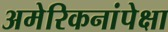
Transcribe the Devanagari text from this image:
अमेरिकनांपेक्षा